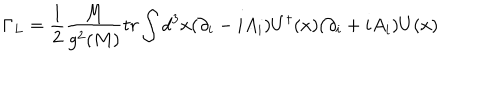
LaTeX: \Gamma _ { L } = { \frac { 1 } { 2 } } { \frac { M } { g ^ { 2 } ( M ) } } t r \int d ^ { 3 } x ( \partial _ { i } - i A _ { i } ) U ^ { \dagger } ( x ) ( \partial _ { i } + i A _ { i } ) U ( x )